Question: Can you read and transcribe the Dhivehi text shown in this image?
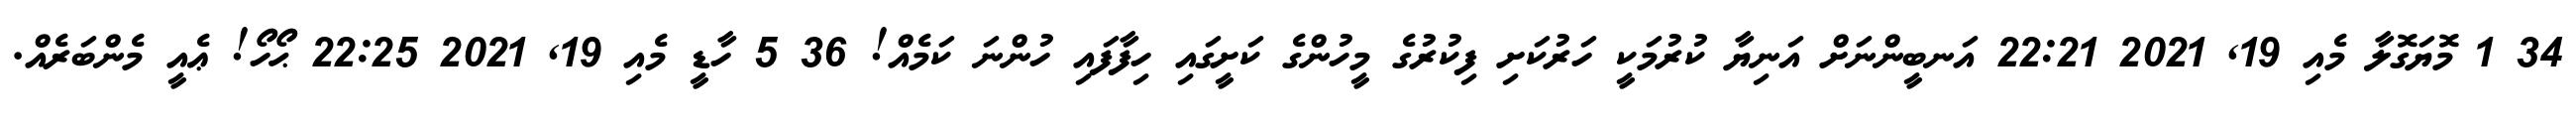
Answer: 34 1 މޮޔަގޮލާ މެއި 19, 2021 22:21 އަނބީންނަށް އަނިޔާ ކުރުމަކީ ހަރުކަށި ފިކުރުގެ މީހުންގެ ކަށީގައި ހިފާފައި ހުންނަ ކަމެއް! 36 5 ހާޑީ މެއި 19, 2021 22:25 ޙޯހޯ! ޢެއީ މެންބަރެއް.